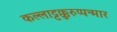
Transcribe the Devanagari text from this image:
कल्लाट्टक्कुरुप्पन्मार